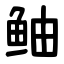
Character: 鲉